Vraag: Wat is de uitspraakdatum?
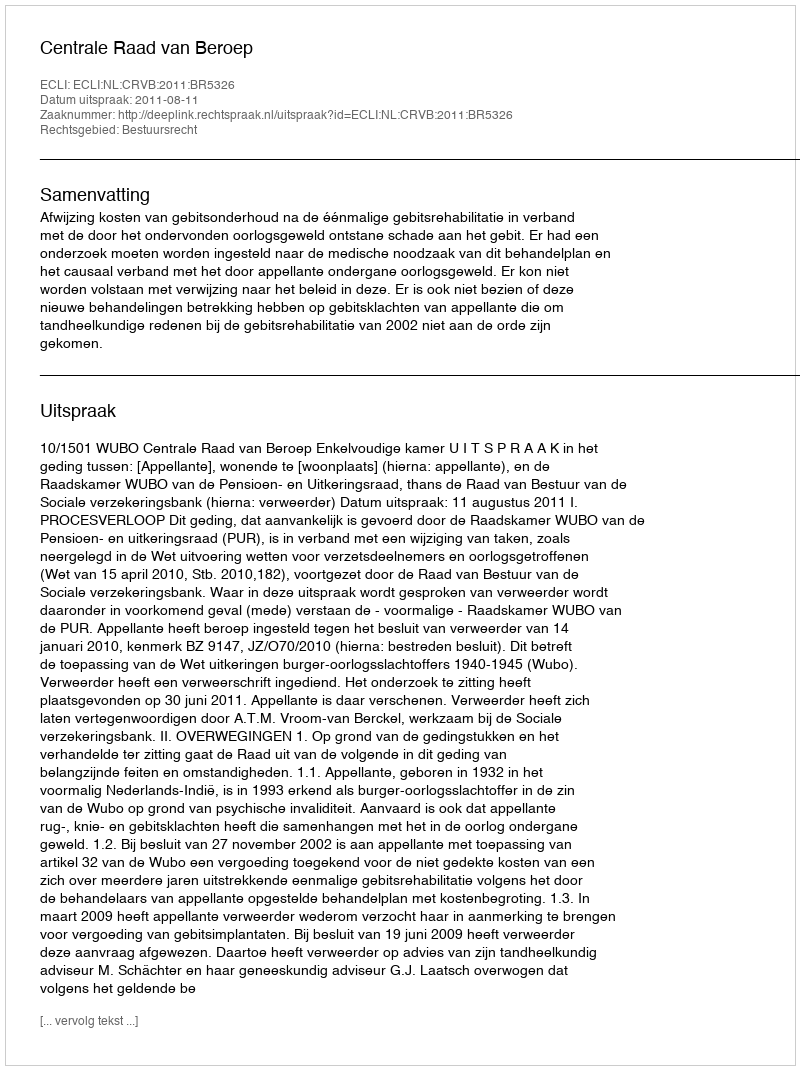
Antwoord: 2011-08-11